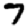
Digit: 7